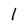
Character: 1